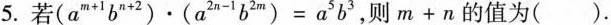
5. $$(a ^ { m + 1 } b ^ { n + 2 } ) \cdot ( a ^ { 2 n - 1 } b ^ { 2 m } ) = a ^ { 5 } b ^ { 3 }$$ 则$$m +n$$的值为().